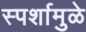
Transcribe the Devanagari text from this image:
स्पर्शामुळे